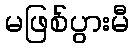
မဖြစ်ပွားမီ